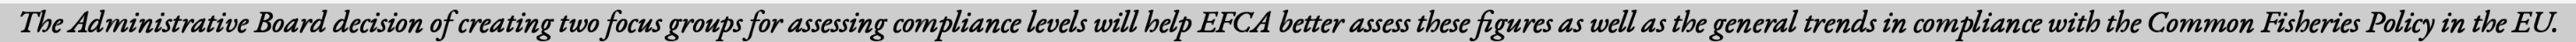
The Administrative Board decision of creating two focus groups for assessing compliance levels will help EFCA better assess these figures as well as the general trends in compliance with the Common Fisheries Policy in the EU.